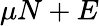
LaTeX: \mu N+E